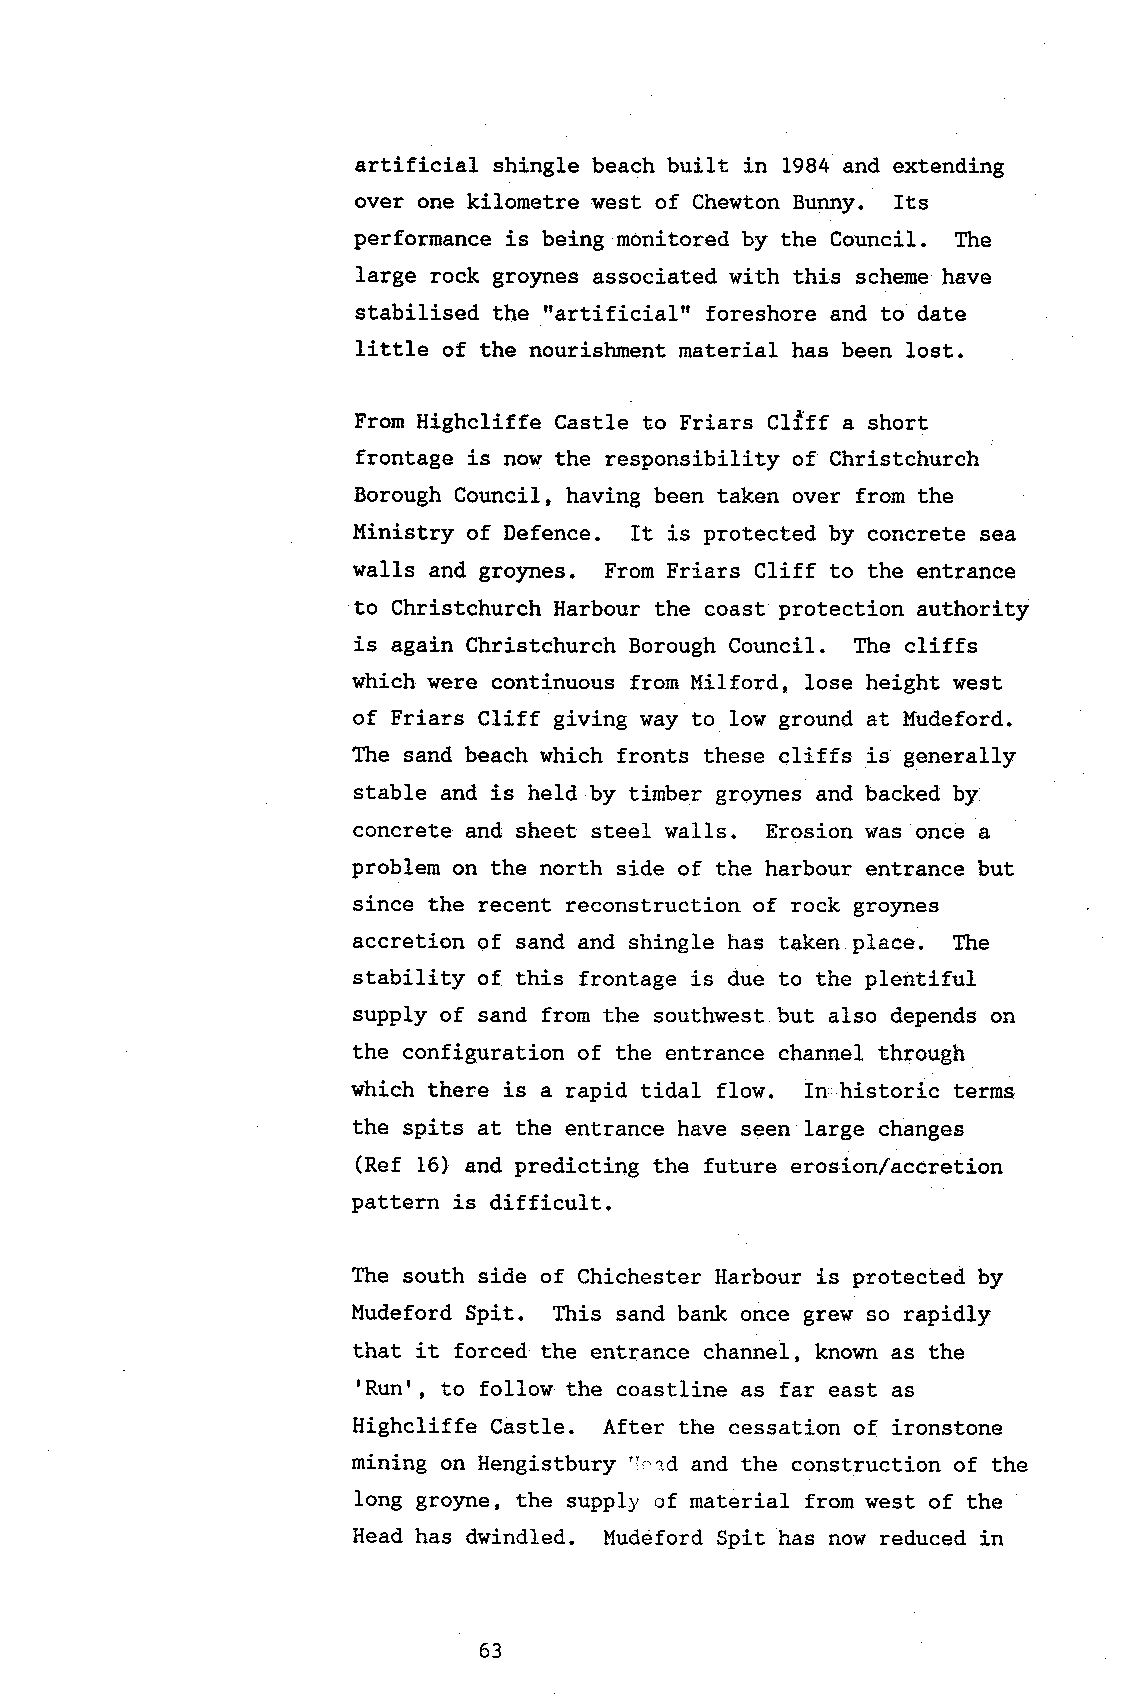
artificial shingle beach built in 1984 and extending
 over one kilometre west of Chewton Bunny. Its
 performance is being monitored by the Council. The
 Iarge rock groynes associated with this scheme have
 rrartificial"
 stabilised the         foreshore and to date
 little of the nourishment material has been lost.
 From Highcliffe Castle to Friars Clfff a short
 frontage is now the responsibility of Christchureh
 Borough Council, having been taken over from the
 Ministry of Defence. It is proteeted by concrete sea
 walls and gro5mes. From Friars Cliff to the entrance
 to Christchurch Harbour the coast protection authority
 is again Christchurch Borough Council. The cliffs
 whieh were continuous from Milford, lose height west
 of Friars Cliff giving way to low ground at Mudeford.
 The sand beach which fronts these eliffs is generally
 stable and is held by timber groynes and baeked b1r
 concrete and sheet steel walls. Erosion was once a
 problem on the north side of the harbour entrance but
 since the recent reconstruction of rock gro)mes
 accretion of sand and shingle has taken place. Ttre
 stability of this frontage is due to the plentiful
 supply of sand frorn the southwest but also depends on
 the configuration of the entrance channel through
 which there is a rapid tidal flow. In,historic terms
 the spits at the entrance have seen large changes
 (Ref 16) and predicting the future erosion/accretion
 pattern is difficult.
 The south side of Chichester Harbour is protected by
 Mudeford Spit. This sand bank once grew so rapidly
 that it forced the entrance channel, known as the
 'Runr,
 to follow the coastline as far east as
 Highcliffe Castle. After the cessation of ironstone
 mining on Hengistbury !r. ad and the construction of the
 Iong groSme, the supply of material from west of the
 Head has dwindled. Mudeford Spit has now reduced in
 63